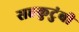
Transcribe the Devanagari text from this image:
सहकुटुंबी